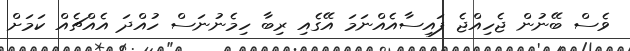
ވެސް ބޭނުން ޖެހިއްޖެ ފައިސާއެއްނަމަ އޭގެއި ރިބާ ހިމެނުނަސް ހުއްދަ އެއްޗެއް ކަމަށް